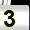
Digit: 3